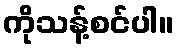
ကိုသန့်စင်ပါ။